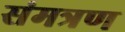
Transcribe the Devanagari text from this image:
संमत्रण